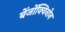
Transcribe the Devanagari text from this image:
बेंजोंक्विनोन